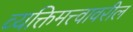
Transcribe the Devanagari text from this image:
व्यक्तिमत्त्वावरील